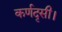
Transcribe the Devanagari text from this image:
कर्णदृसी।